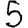
Digit: 5